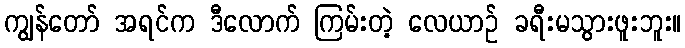
ကျွန်တော် အရင်က ဒီလောက် ကြမ်းတဲ့ လေယာဉ် ခရီးမသွားဖူးဘူး။